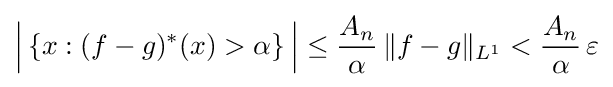
{\Bigl |}\left\{x:(f-g)^{*}(x)>\alpha \right\}{\Bigr |}\leq {\frac {A_{n}}{\alpha }}\,\|f-g\|_{L^{1}}<{\frac {A_{n}}{\alpha }}\,\varepsilon